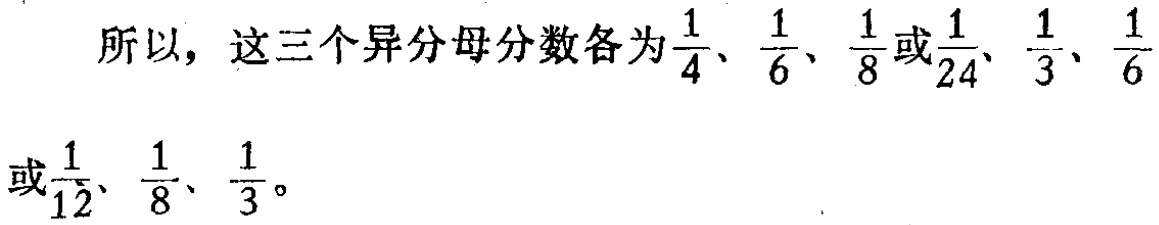
所以，这三个异分母分数各为$\frac{1}{4}$、$\frac{1}{6}$、$\frac{1}{8}$或$\frac{1}{24}$、$\frac{1}{3}$、$\frac{1}{6}$或$\frac{1}{12}$、$\frac{1}{8}$、$\frac{1}{3}$。